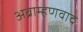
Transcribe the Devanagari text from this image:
अब्राम्हणवाद